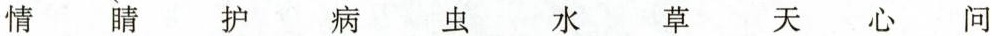
情 睛 护 病 虫 水 草 天 心 问